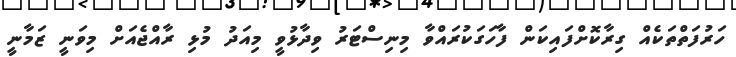
ހަރުފަތްތަކެއް ގިރާކޮށްފައިކަން ފާހަގަކުރައްވާ މިނިސްޓަރު ވިދާޅުވީ މިއަދު މުޅި ރާއްޖެއަށް މިވަނީ ޒަމާނީ